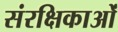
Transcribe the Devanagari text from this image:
संरक्षिकाओं